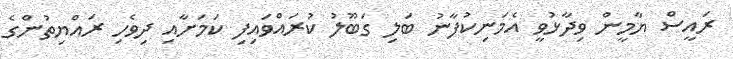
ރައީސް ޔާމީން ވިދާޅުވީ އެމަނިކުފާނު ބަލި ގަބޫލު ކުރައްވައިފި ކަމަށާއި ދިވެހި ރައްޔިތުންގެ